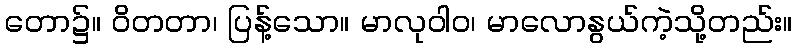
တော၌။ ဝိတတာ၊ ပြန့်သော။ မာလုဝါဝ၊ မာလောနွယ်ကဲ့သို့တည်း။